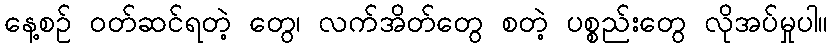
နေ့စဉ် ဝတ်ဆင်ရတဲ့ တွေ၊ လက်အိတ်တွေ စတဲ့ ပစ္စည်းတွေ လိုအပ်မှုပါ။